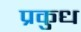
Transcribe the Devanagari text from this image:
प्रकुध